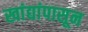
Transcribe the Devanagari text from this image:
खांद्यांपासून